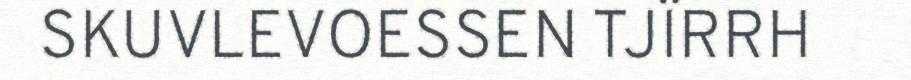
SKUVLEVOESSEN TJÏRRH